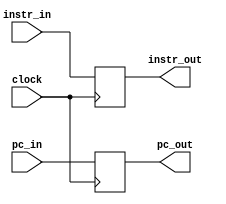
module if_id_pipe_reg(clock, instr_in, instr_out, pc_in, pc_out);

input clock;
input [31:0] instr_in, pc_in;
output reg [31:0] instr_out, pc_out;

always @(posedge clock)
begin
	instr_out = instr_in;
	pc_out = pc_in;
end
	
endmodule